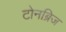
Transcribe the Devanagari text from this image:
टोनब्रिज